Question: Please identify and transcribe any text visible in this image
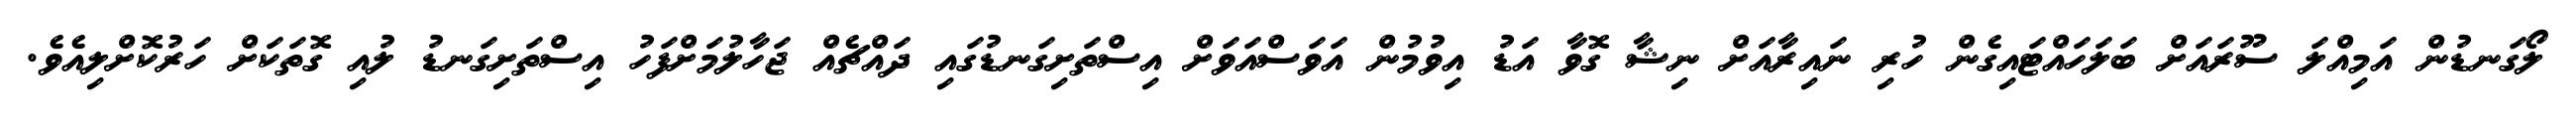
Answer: ލޯގަނޑުން އަމިއްލަ ސޫރައަށް ބަލަހައްޓައިގެން ހުރި ނައިރާއަށް ނިޝާ ގޮވާ އަޑު އިވުމުން އަވަސްއަވަށް އިސްތަށިގަނޑުގައި ދައްޗެއް ޖަހާލުމަށްފަހު އިސްތަށިގަނޑު ލުއި ގޮތަކަށް ހަރުކޮށްލިއެވެ.